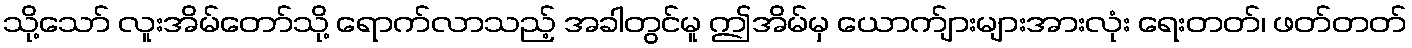
သို့သော် လူးအိမ်တော်သို့ ရောက်လာသည့် အခါတွင်မူ ဤအိမ်မှ ယောက်ျားများအားလုံး ရေးတတ်၊ ဖတ်တတ်